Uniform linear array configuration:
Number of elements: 8
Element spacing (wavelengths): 0.75
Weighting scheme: kaiser
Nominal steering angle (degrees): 0
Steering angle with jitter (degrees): -0.4008
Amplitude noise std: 0.05
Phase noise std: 0.05

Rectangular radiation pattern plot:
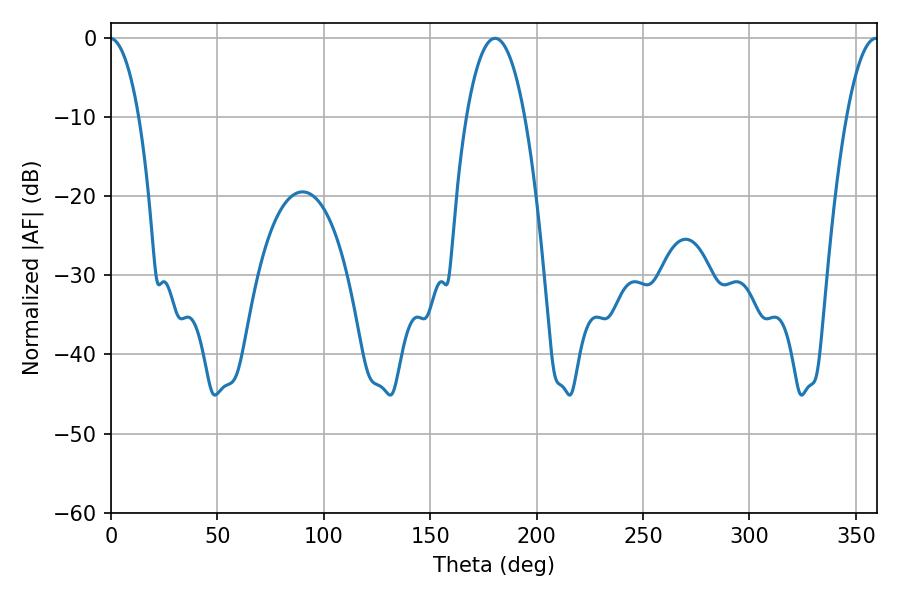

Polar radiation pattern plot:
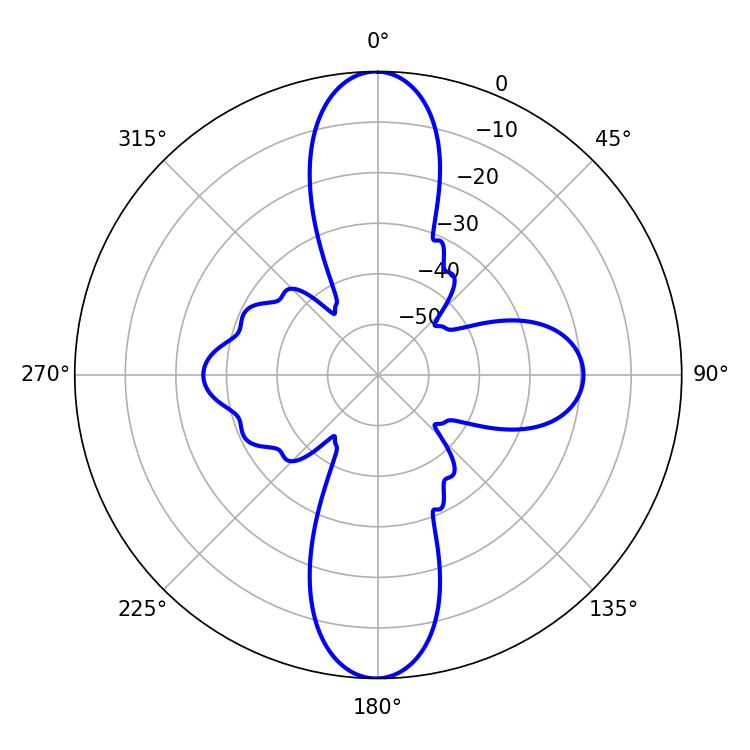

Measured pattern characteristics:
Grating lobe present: TRUE
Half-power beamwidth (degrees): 15.12
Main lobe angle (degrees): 180.54